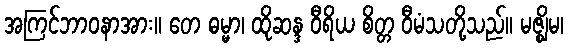
အကြင်ဘာဝနာအား။ တေ ဓမ္မာ၊ ထိုဆန္ဒ ဝီရိယ စိတ္တ ဝီမံသတို့သည်။ မဇ္ဈိမ၊